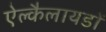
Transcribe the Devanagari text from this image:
ऐल्कैलायडों